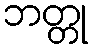
ဘတ္တု